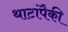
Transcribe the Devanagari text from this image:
थाटांपैकी